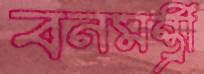
বনমন্ত্রী